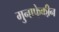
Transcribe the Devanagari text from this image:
मुनाफे़की़न